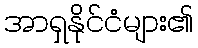
အာရှနိုင်ငံများ၏